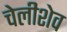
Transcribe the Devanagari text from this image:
चेलीशेव